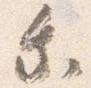
乗